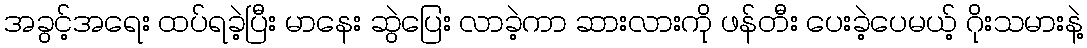
အခွင့်အရေး ထပ်ရခဲ့ပြီး မာနေး ဆွဲပြေး လာခဲ့ကာ ဆားလားကို ဖန်တီး ပေးခဲ့ပေမယ့် ဂိုးသမားနဲ့